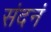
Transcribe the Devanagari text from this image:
संदनं